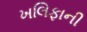
ખલિફાની